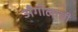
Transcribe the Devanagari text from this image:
अँगोलाची